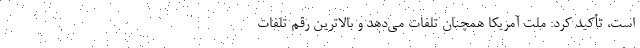
است، تأکید کرد: ملت آمریکا همچنان تلفات می‌دهد و بالاترین رقم تلفات